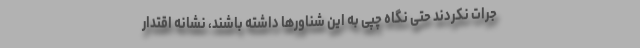
جرات نکردند حتی نگاه چپی به این شناورها داشته باشند، نشانه اقتدار